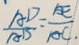
\frac { A D } { A B } = \frac { A E } { A C } .